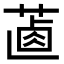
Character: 𦵵